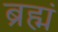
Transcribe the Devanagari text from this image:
ब्रह्मं